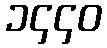
၁၄၄၀